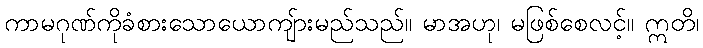
ကာမဂုဏ်ကိုခံစားသောယောကျ်ားမည်သည်။ မာအဟု၊ မဖြစ်စေလင့်။ ဣတိ၊